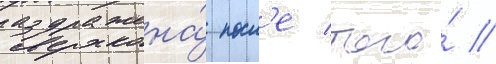
раздражена́ посл'е того́ /